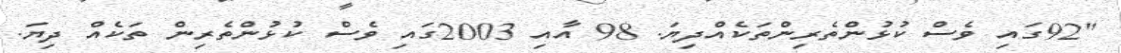
"92ގައި ވެސް ކުޅުންތެރިންތަކެއްދިޔަ. 98 އާއި 2003ގައި ވެސް ކުޅުންތެރިން ތަކެއް ދިޔަ.